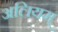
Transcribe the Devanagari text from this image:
अलियम्